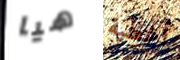
هيا أغطية